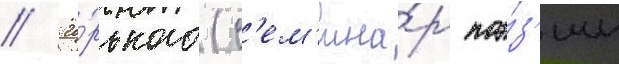
// Го́рького (с'ем'ина́р поэ́з'ии